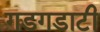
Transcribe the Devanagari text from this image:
गडगडाटी